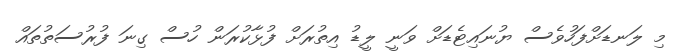
މި ލަނޑަށްފަހުވެސް ޔުނައިޓެޑަށް ވަނީ ލީޑު އިތުރަށް ފުޅާކުރަން ހުސް ގިނަ ފުރުސަތުތައް